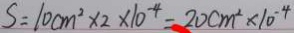
S = 1 0 c m ^ { 2 } \times 2 \times 1 0 ^ { - 4 } = 2 0 c m ^ { 2 } \times 1 0 ^ { - 4 }